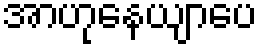
အာဟုနေယျာပေ